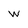
Character: w